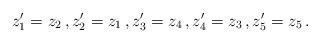
LaTeX: \begin{align*}z_1^\prime = z_2 \, , z_2^\prime = z_1 \, , z_3^\prime = z_4 \, , z_4^\prime = z_3 \, , z_5^\prime = z_5 \, . \end{align*}